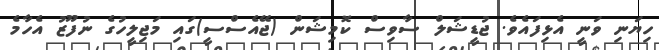
ހިޔަނި ވަނީ އެޅިފައެވެ. ޖުޑީޝަލް ސާވިސް ކޮމިޝަން (ޖޭއެސްސީ)ގައި މަޖިލީހުގެ ނުފޫޒު އެހާމެ